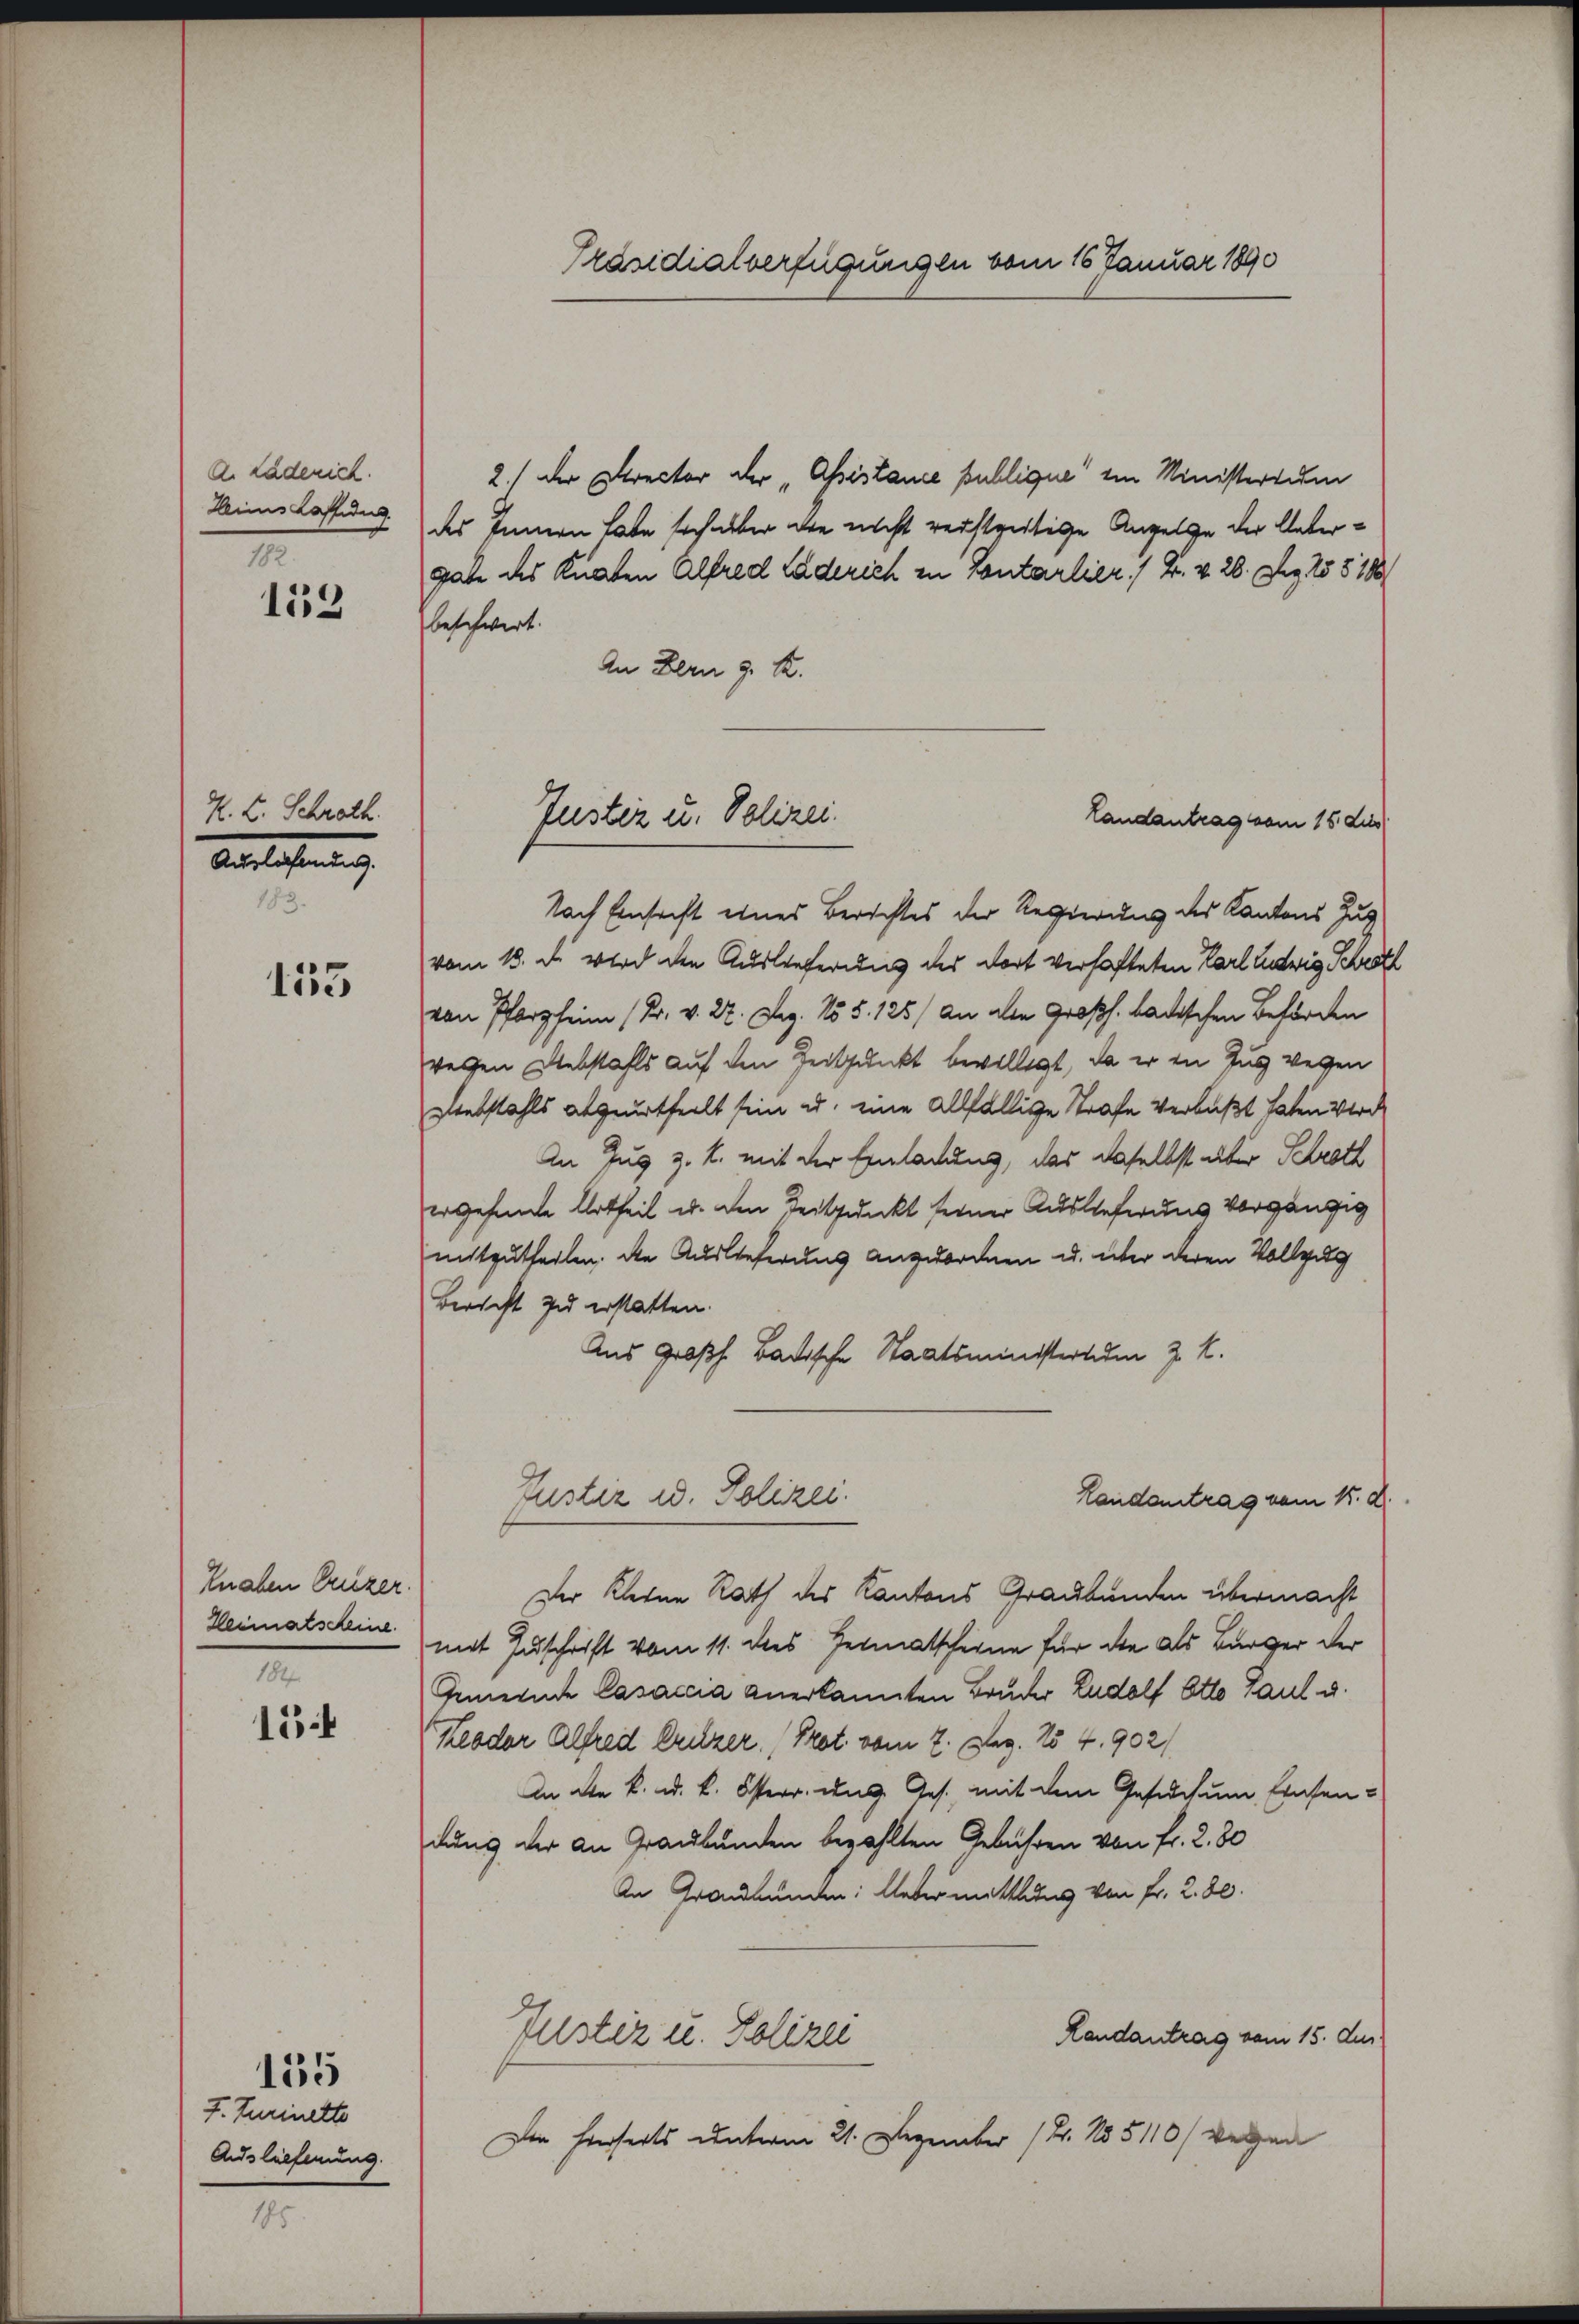
A. Läderich.
Zins Caffidug.
182.

159

K. L. Schrött
Atlastung.
183.

155

Knaben Creizer.
184

15

f. Turinette
Auslieferung.

155

185

Präsidialverfügungen vom 16 Januar 1890

2.) Der Director der „Assistance publique“ ein Ministerium
des Innern habe sich aber die nicht verstreitige Angelge der Untergate des Knaben Alfred Läderich in Contarlier. / B. v. 28. Dez. 258 188
beschwert.
An Bern G. K.
Nach Einsicht eines Berichtes der Regierung des Kantons Zug
vom 18. d. wird den Auslieferung des dort verhafteten Karl Ludwig Schrött
von Pforzheim (Dr. v. 2. Dez. 155. 125/ an die Großh. badischen Behörden
weren Diebstahls auf den Zeitpunkt bewilligt, da er in Zug wegen
Diebstahls abgeurtheilt sein u. eine allfällige Strafe verlaßt haten Verd
An Zug z. B. mit der Einladung, das daselbst über Schroth
ergehene Urtheil u. den Zeitpunkt ferner Auslieferung vorgängig
mitzutheilen, die Auslieferung angeordnen u. über deren Vollzug
Bericht zu erstatten.
Aus Großh. Badische Staatsministertum z. B.
Justiz u. Polizei.
Landantrag vom 15. d.
Der Kleine Rath des Kantons Graubünden übermacht
Heimatscheine mit Zuschrift vom 11. dies Heimatscheine für die als Bürger der
Gemeinde Casaccia anerkannten Bruder Rudolf Otto Paul u.
heodor Alfred Critzer (Prot. vom 2. Dez. No 4. 902/
In die k. u. k. Österr. und Ges. mit dem Gesuchung Einsen-
dung der an Graubünden bezahlten Gebühren von Fr. 2. 80
An Graubünden: Uebermittlung von Fr. 2. 80.
Landantrag vom 15. Jus
Justiz u. Polizei
Der Einseits unterm 21. Dezember 12. No 5110/ wegen

Justiz u. Polizei
Landantrag vom 15. des